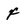
Character: f